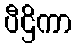
ပီဌိကာ